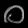
Digit: ၀